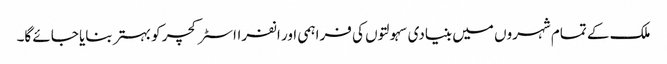
ملک کے تمام شہروں میں بنیادی سہولتوں کی فراہمی اور انفرااسٹرکچر کو بہتر بنایا جائے گا۔